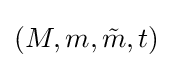
(M,m,{\tilde {m}},t)